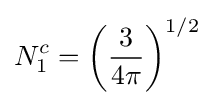
N_{1}^{c}=\left({\frac {3}{4\pi }}\right)^{1/2}